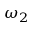
\omega _ { 2 }